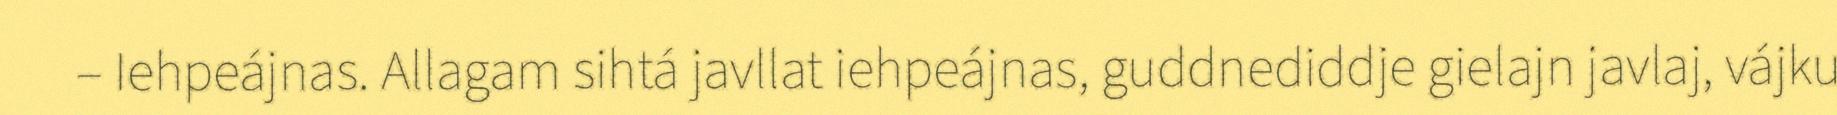
– Iehpeájnas. Allagam sihtá javllat iehpeájnas, guddnediddje gielajn javlaj, vájku